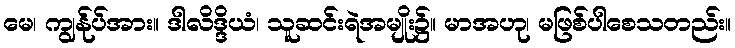
မေ၊ ကျွန်ုပ်အား။ ဒါလိဒ္ဒိယံ၊ သူဆင်းရဲအမျိုး၌။ မာအဟု၊ မဖြစ်ပါစေသတည်း။